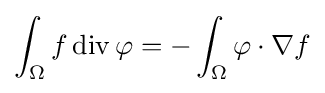
\int _{\Omega }f\operatorname {div} \mathbf {\varphi } =-\int _{\Omega }\mathbf {\varphi } \cdot \nabla f